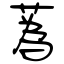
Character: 蔿